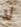
لا